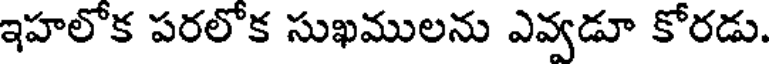
ఇహలోక పరలోక సుఖములను ఎవ్వడూ కోరడు.